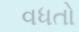
વધતો